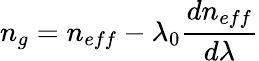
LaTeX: n_{g}=n_{eff}-\lambda_{0}\frac{dn_{eff}}{d\lambda}